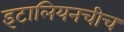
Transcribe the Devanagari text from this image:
इटालियनचीच